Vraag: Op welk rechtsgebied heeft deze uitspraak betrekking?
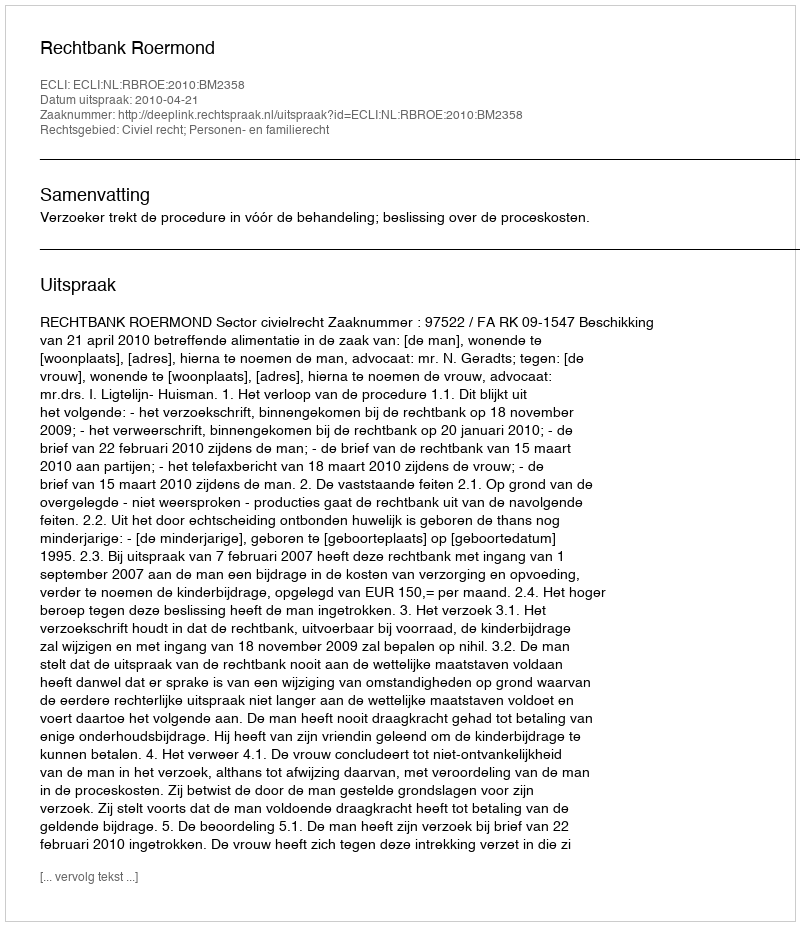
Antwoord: Civiel recht; Personen- en familierecht